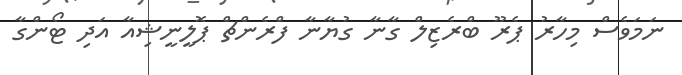
ނަމަވެސް މިހާރު ޕެރޫ ބްރެޒިލް ގާނާ ގުޔާނާ ފްރެންޗް ޕޮލީނީޝިއާ އަދި ޓޯންގާ